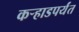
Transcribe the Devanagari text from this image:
कर्‍हाडपर्यंत